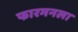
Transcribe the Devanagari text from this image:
फारमनला